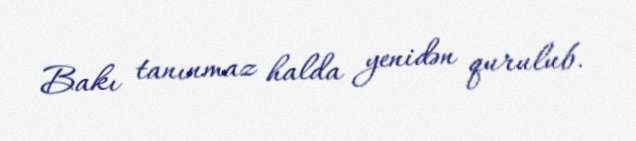
Bakı tanınmaz halda yenidən qurulub.